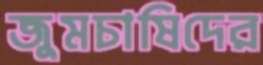
জুমচাষিদের